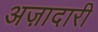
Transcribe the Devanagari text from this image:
अज़ादारी